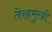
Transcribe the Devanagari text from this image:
तेरहमुखी